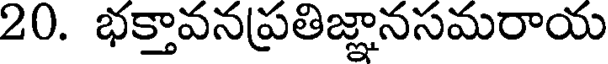
20. భక్తావనప్రతిజ్ఞానసమరాయ